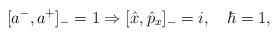
LaTeX: \begin{align*} [a^{-}, a^{+}]_{-} = 1 \Rightarrow [\hat x,\hat p_{x}]_{-} =i, \quad \hbar=1,\end{align*}